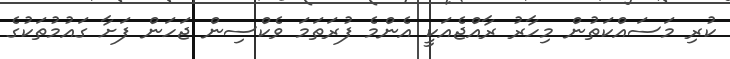
ކުރި މަސައްކަތުން މިހާރު ރާއްޖެއަކީ އެންމެ ފުރަތަމަ ވެކްސިން ޖަހަން ފަށާ ގައުމުތަކުގެ